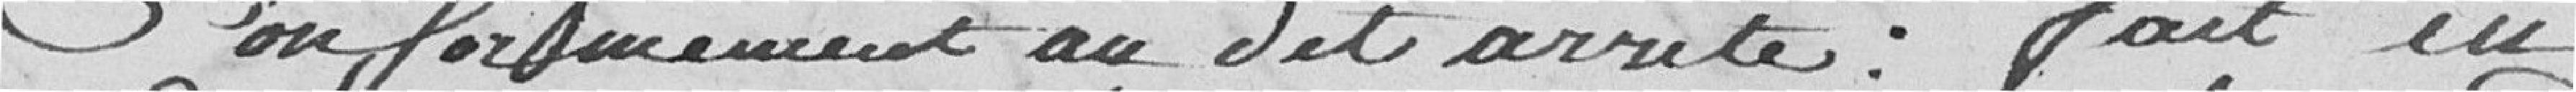
Conformément au dit arrêté. fait en